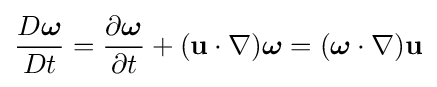
{\frac {D{\boldsymbol {\omega }}}{Dt}}={\frac {\partial {\boldsymbol {\omega }}}{\partial t}}+(\mathbf {u} \cdot \nabla ){\boldsymbol {\omega }}=({\boldsymbol {\omega }}\cdot \nabla )\mathbf {u}